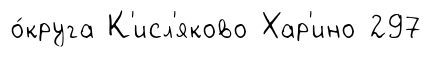
о́круга К'исл'яково Хар'ино 297